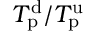
T _ { \mathrm { p } } ^ { \mathrm { d } } / T _ { \mathrm { p } } ^ { \mathrm { u } }